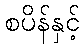
စပိန်နှင့်